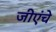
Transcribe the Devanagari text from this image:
जीएंचे